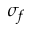
\sigma _ { f }